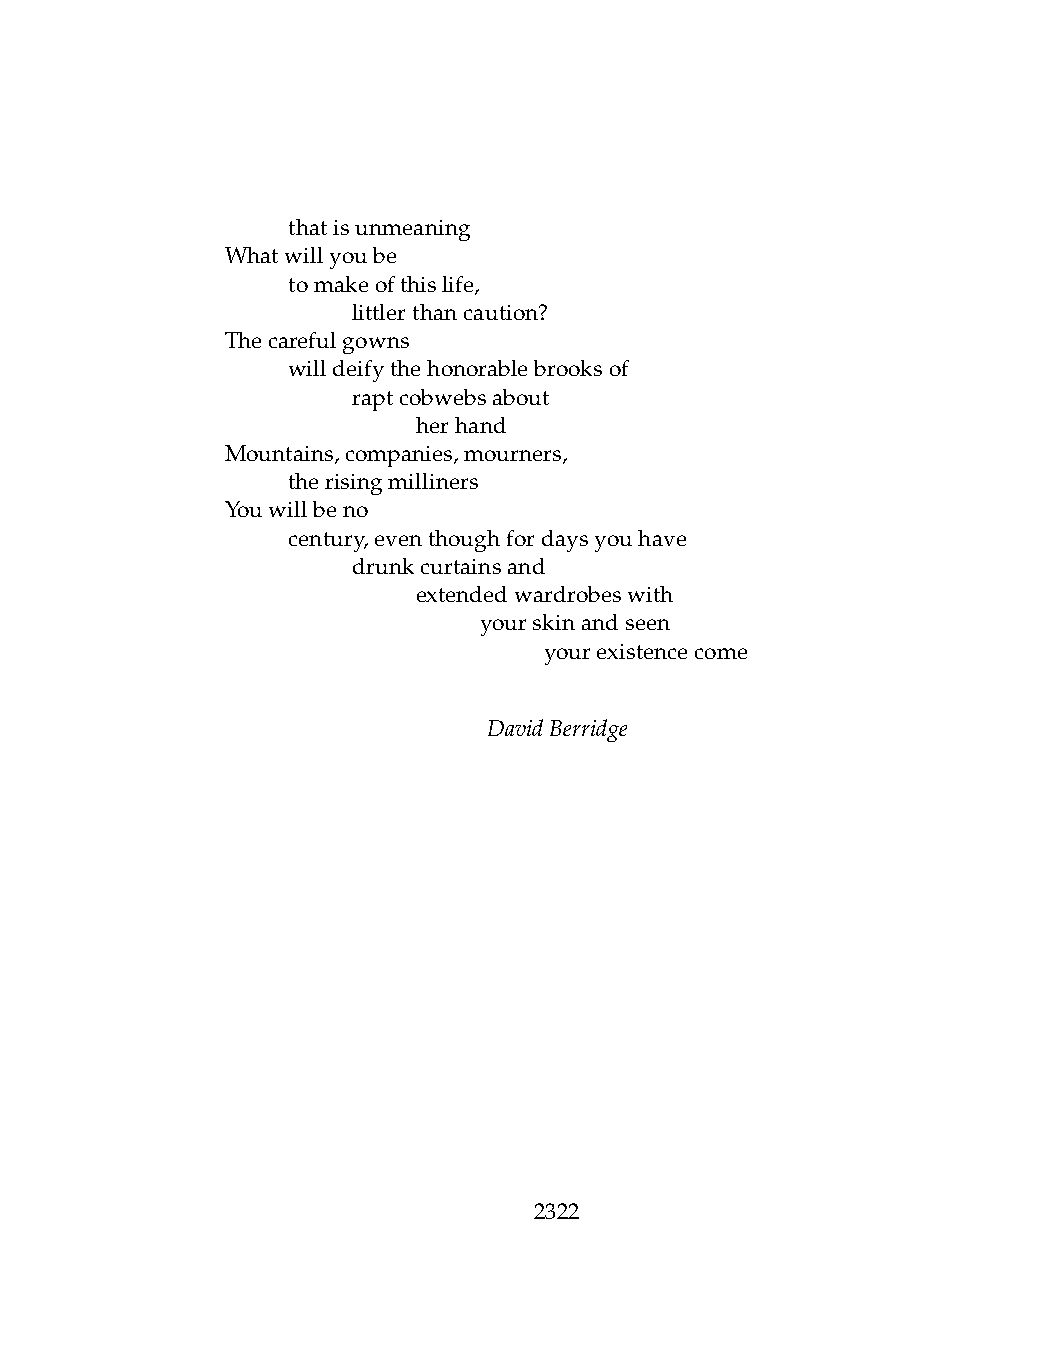
.   thatisunmeaning
 Whatwillyoube
 .   tomakeofthislife,
 .   .   littlerthancaution?
 Thecarefulgowns
 .   willdeifythehonorablebrooksof
 .   .   raptcobwebsabout
 .   .   .    herhand
 Mountains,companies,mourners,
 .   therisingmilliners
 Youwillbeno
 .   century,eventhoughfordaysyouhave
 .   .   drunkcurtainsand
 .   .   .    extendedwardrobeswith
 .   .   .    .   yourskinandseen
 .   .   .    .   .   yourexistencecome
 DavidBerridge
 2322